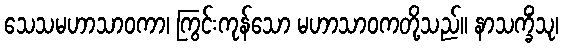
သေသမဟာသာဝကာ၊ ကြွင်းကုန်သော မဟာသာဝကတို့သည်။ နာသက္ခိံသု၊